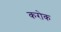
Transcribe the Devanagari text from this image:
करोक